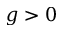
g > 0